Madras plague regulations and rules - Volume 1
Disease focus: Plague
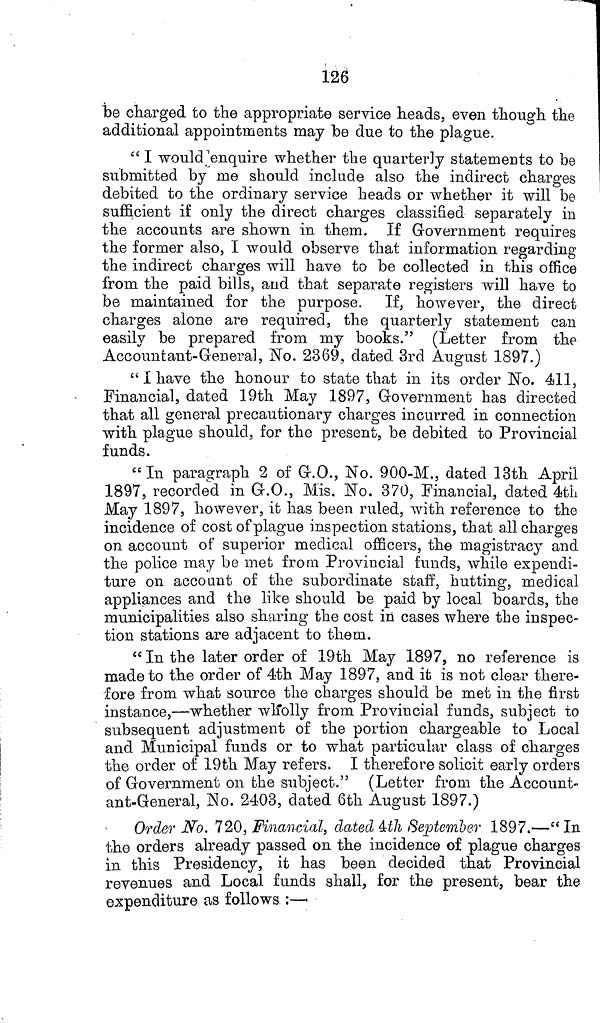
126
be charged to the appropriate service heads, even though the
additional appointments may be due to the plague.
" I would enquire whether the quarterly statements to be
submitted by me should include also the indirect charges
debited to the ordinary service heads or whether it will be
sufficient if only the direct charges classified separately in
the accounts are shown in them. If Government requires
the former also, I would observe that information regarding
the indirect charges will have to be collected in this office
from the paid bills, and that separate registers will have to
be maintained for the purpose. If, however, the direct
charges alone are required, the quarterly statement can
easily be prepared from my books." (Letter from the
Accountant-General, No. 2369, dated 3rd August 1897.)
" I have the honour to state that in its order No. 411,
Financial, dated 19th May 1897, Government has directed
that all general precautionary charges incurred in connection
with plague should, for the present, be debited to Provincial
funds.
"In paragraph 2 of G.O., No. 900-M., dated 13th April
1897, recorded in G.O., Mis. No. 370, Financial, dated 4th
May 1897, however, it has been ruled, with reference to the
incidence of cost of plague inspection stations, that all charges
on account of superior medical officers, the magistracy and
the police may be met from Provincial funds, while expendi-
ture on account of the subordinate staff, hutting, medical
appliances and the like should be paid by local boards, the
municipalities also sharing the cost in cases where the inspec-
tion stations are adjacent to them.
"In the later order of 19th May 1897, no reference is
made to the order of 4th May 1897, and it is not clear there-
fore from what source the charges should be met in the first
instance,—whether wholly from Provincial funds, subject to
subsequent adjustment of the portion chargeable to Local
and Municipal funds or to what particular class of charges
the order of 19th May refers. I therefore solicit early orders
of Government on the subject." (Letter from the Account-
ant-General, No. 2403, dated 6th August 1897.)
Order No. 720, Financial, dated 4th September 1897.—"In
the orders already passed on the incidence of plague charges
in this Presidency, it has been decided that Provincial
revenues and Local funds shall, for the present, bear the
expenditure as follows :—-